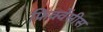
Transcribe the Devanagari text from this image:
फ्रिक्वेंसीस